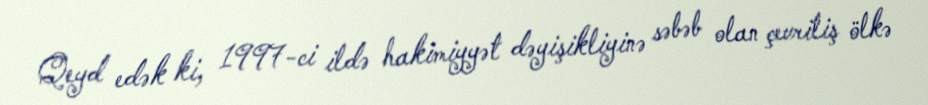
Qeyd edək ki, 1997-ci ildə hakimiyyət dəyişikliyinə səbəb olan çevriliş ölkə